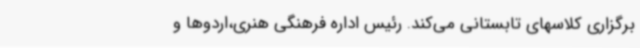
برگزاری کلاسهای تابستانی می‌کند. رئیس اداره فرهنگی هنری،اردوها و